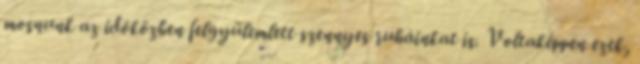
mosnunk az idõközben felgyülemlett szennyes ruháinkat is. Voltaképpen ezek,